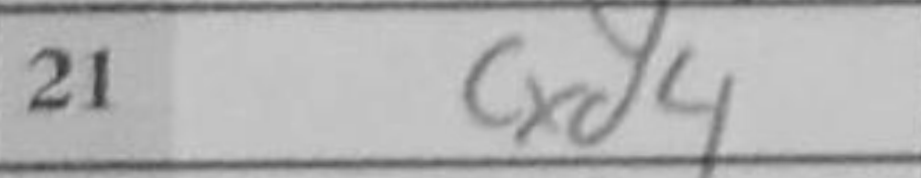
Transcription: cxd4